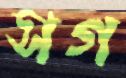
সগ